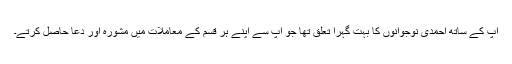
آپ کے ساتھ احمدی نوجوانوں کا بہت گہرا تعلق تھا جو آپ سے اپنے ہر قسم کے معاملات میں مشورہ اور دعا حاصل کرتے۔